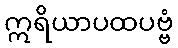
ဣရိယာပထပဗ္ဗံ